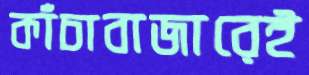
কাঁচাবাজারেই